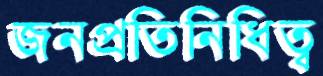
জনপ্রতিনিধিত্ব